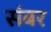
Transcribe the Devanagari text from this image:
संबर